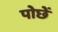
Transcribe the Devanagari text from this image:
पोछें